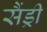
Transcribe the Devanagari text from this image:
सैंड्री